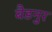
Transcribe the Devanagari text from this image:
बैडनुर